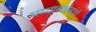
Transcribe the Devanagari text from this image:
भय्यासाहेबांची